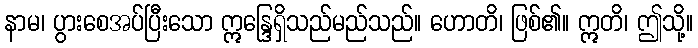
နာမ၊ ပွားစေအပ်ပြီးသော ဣန္ဒြေရှိသည်မည်သည်။ ဟောတိ၊ ဖြစ်၏။ ဣတိ၊ ဤသို့။